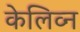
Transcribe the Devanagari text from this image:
केलिव्न